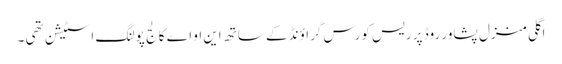
اگلی منزل پشاور روڈ پر ریس کورس گراؤنڈ کے ساتھ این او اے کالج پولنگ اسٹیشن تھی ۔